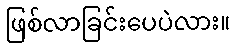
ဖြစ်လာခြင်းပေပဲလား။